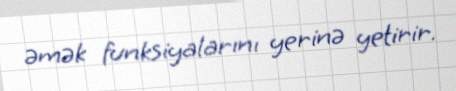
əmək funksiyalarını yerinə yetirir.